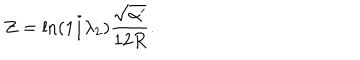
Z = \ln ( 1 / { \lambda _ { 2 } } ) { \frac { \sqrt { \alpha ^ { \prime } } } { 1 2 R } } .